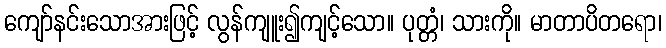
ကျော်နင်းသောအားဖြင့် လွန်ကျူး၍ကျင့်သော။ ပုတ္တံ၊ သားကို။ မာတာပိတရော၊